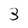
Character: 3